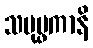
သပုပ္ဖကာနိ